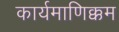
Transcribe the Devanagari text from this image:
कार्यमाणिक्कम